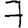
Digit: 7